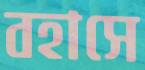
বহাসে